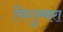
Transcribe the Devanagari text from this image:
चिगुम्बरा